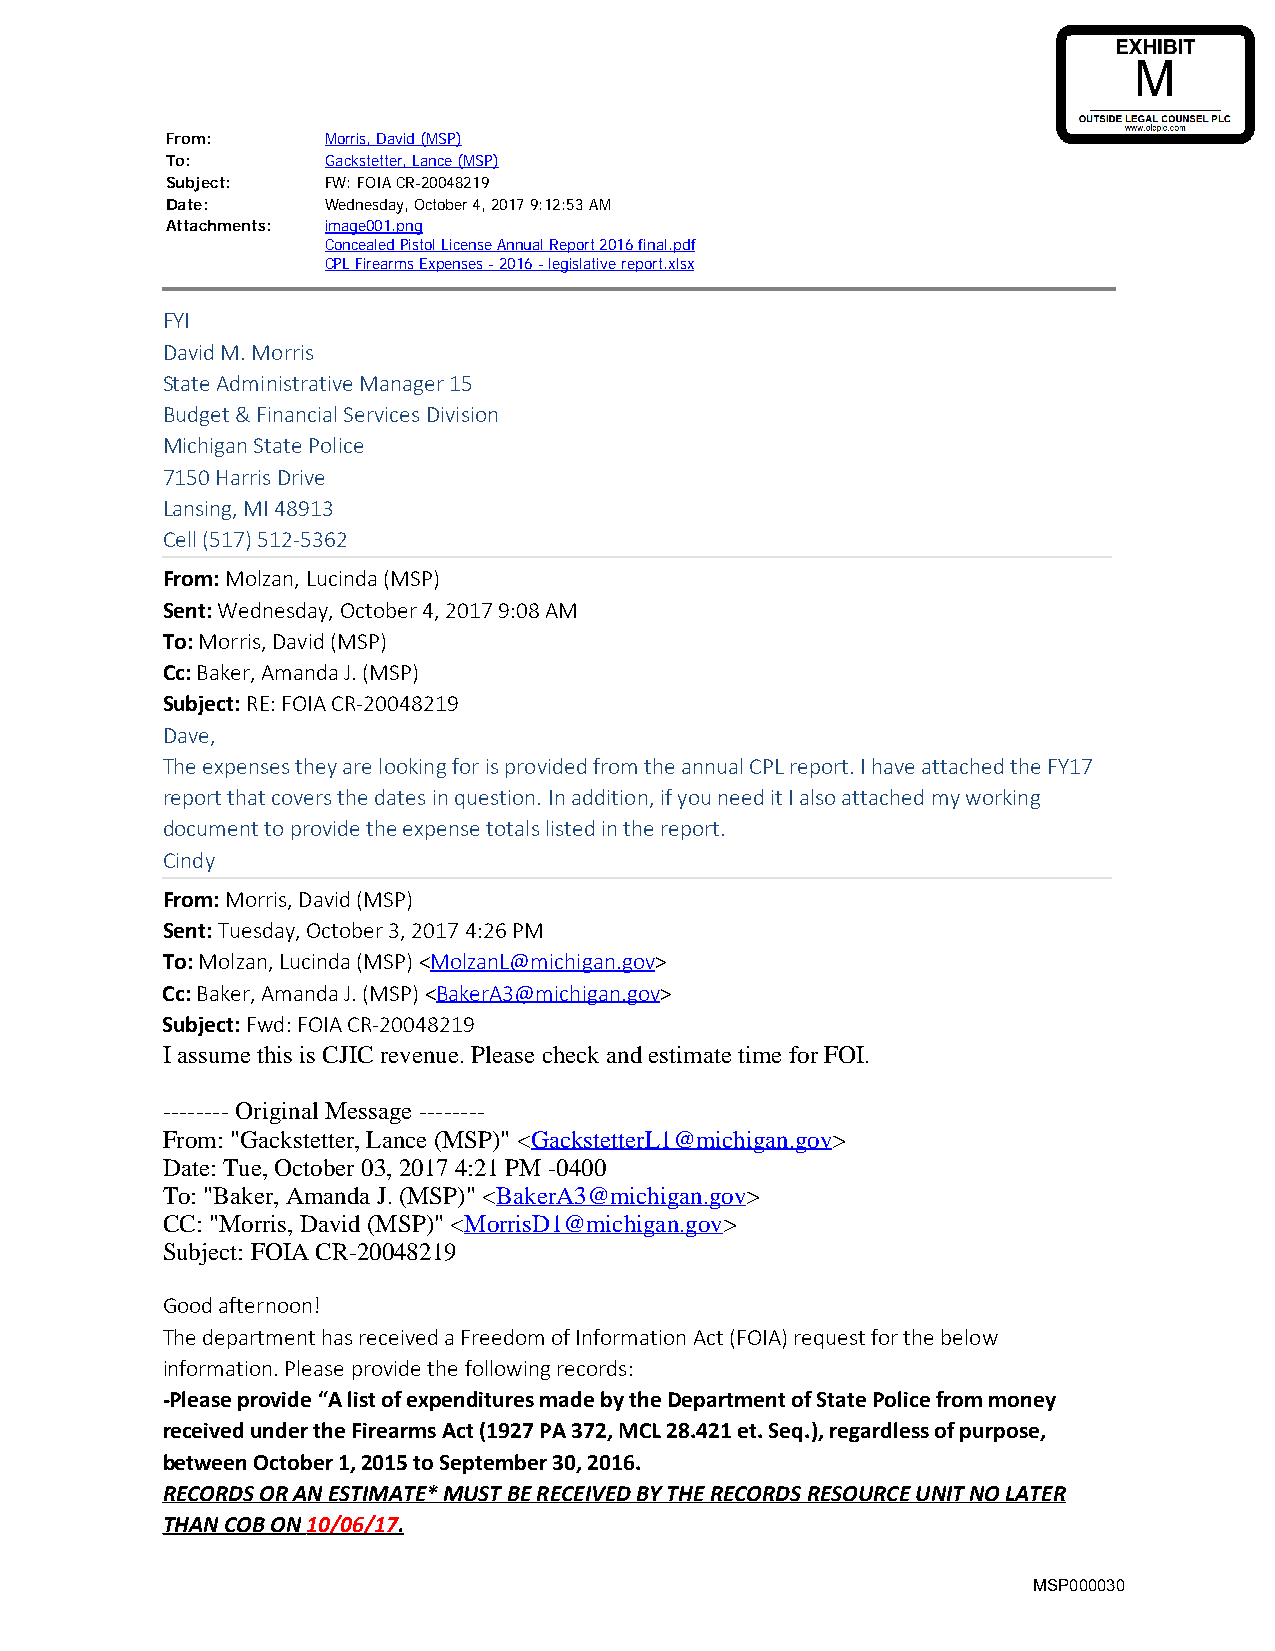
From:      Morris, David (MSP)
 To:        Gackstetter, Lance (MSP)
 Subject:   FW: FOIA CR-20048219
 Date:      Wednesday, October 4, 2017 9:12:53 AM
 Attachments: image001.png
 Concealed Pistol License Annual Report 2016 final.pdf
 CPL Firearms Expenses - 2016 - legislative report.xlsx
 FYI
 David M. Morris
 State Administrative Manager 15
 Budget & Financial Services Division
 Michigan State Police
 7150 Harris Drive
 Lansing, MI 48913
 Cell (517) 512-5362
 From: Molzan, Lucinda (MSP)
 Sent: Wednesday, October 4, 2017 9:08 AM
 To: Morris, David (MSP)
 Cc: Baker, Amanda J. (MSP)
 Subject: RE: FOIA CR-20048219
 Dave,
 The expenses they are looking for is provided from the annual CPL report. I have attached the FY17
 report that covers the dates in question. In addition, if you need it I also attached my working
 document to provide the expense totals listed in the report.
 Cindy
 From: Morris, David (MSP)
 Sent: Tuesday, October 3, 2017 4:26 PM
 To: Molzan, Lucinda (MSP) <MolzanL@michigan.gov>
 Cc: Baker, Amanda J. (MSP) <BakerA3@michigan.gov>
 Subject: Fwd: FOIA CR-20048219
 I assume this is CJIC revenue. Please check and estimate time for FOI.
 -------- Original Message --------
 From: "Gackstetter, Lance (MSP)" <GackstetterL1@michigan.gov>
 Date: Tue, October 03, 2017 4:21 PM -0400
 To: "Baker, Amanda J. (MSP)" <BakerA3@michigan.gov>
 CC: "Morris, David (MSP)" <MorrisD1@michigan.gov>
 Subject: FOIA CR-20048219
 Good afternoon!
 The department has received a Freedom of Information Act (FOIA) request for the below
 information. Please provide the following records:
 -Please provide “A list of expenditures made by the Department of State Police from money
 received under the Firearms Act (1927 PA 372, MCL 28.421 et. Seq.), regardless of purpose,
 between October 1, 2015 to September 30, 2016.
 RECORDS OR AN ESTIMATE* MUST BE RECEIVED BY THE RECORDS RESOURCE UNIT NO LATER
 THAN COB ON 10/06/17.
 MSP000030